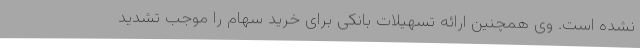
نشده است. وی همچنین ارائه تسهیلات بانکی برای خرید سهام را موجب تشدید